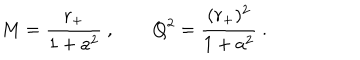
LaTeX: M = { \frac { r _ { + } } { 1 + a ^ { 2 } } } \ , \qquad Q ^ { 2 } = { \frac { ( r _ { + } ) ^ { 2 } } { 1 + a ^ { 2 } } } \ .